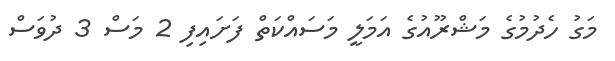
މަގު ހެދުމުގެ މަޝްރޫއުގެ އަމަލީ މަސައްކަތް ފަށައިފި 2 މަސް 3 ދުވަސް